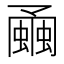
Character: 𧐘